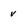
Character: v